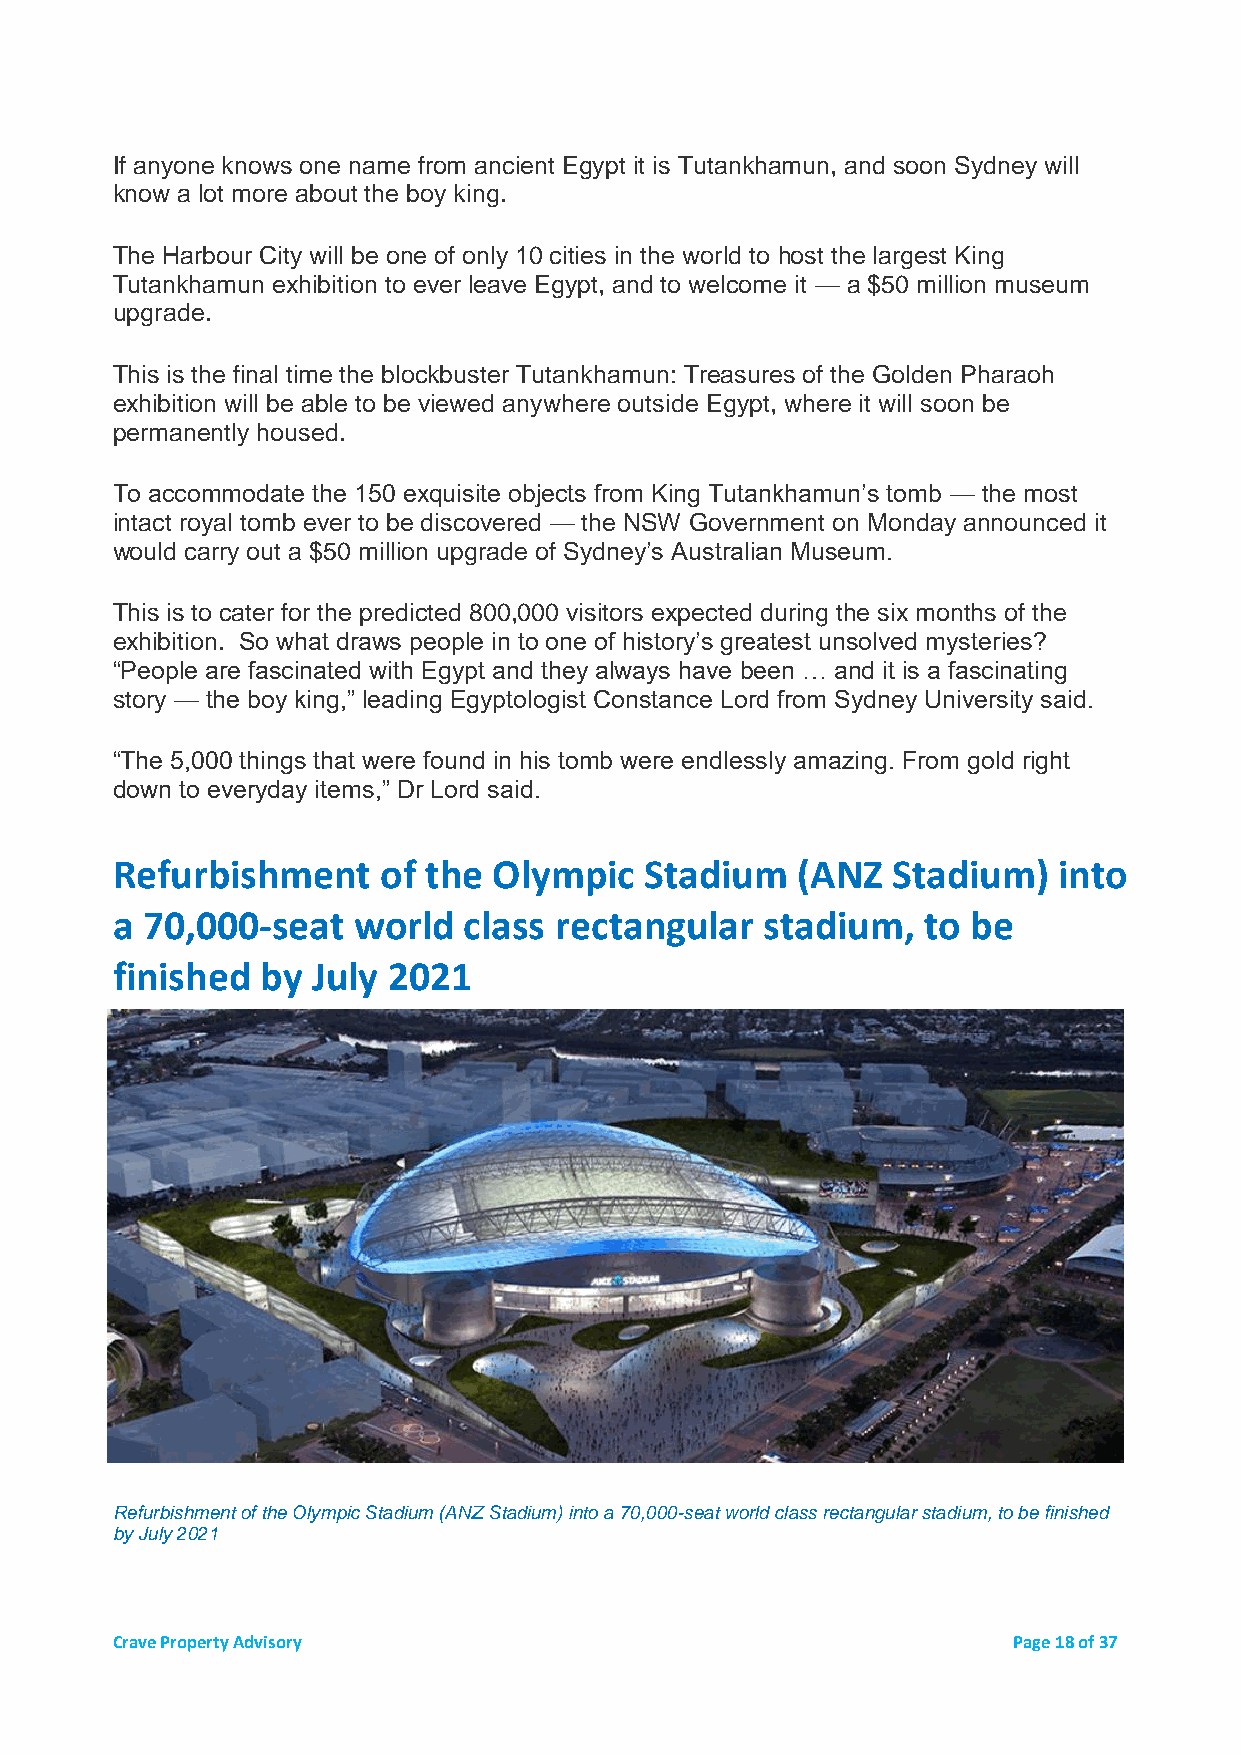
If anyone knows one name from ancient Egypt it is Tutankhamun, and soon Sydney will
 know a lot more about the boy king.
 The Harbour City will be one of only 10 cities in the world to host the largest King
 Tutankhamun exhibition to ever leave Egypt, and to welcome it — a $50 million museum
 upgrade.
 This is the final time the blockbuster Tutankhamun: Treasures of the Golden Pharaoh
 exhibition will be able to be viewed anywhere outside Egypt, where it will soon be
 permanently housed.
 To accommodate the 150 exquisite objects from King Tutankhamun’s tomb — the most
 intact royal tomb ever to be discovered — the NSW Government on Monday announced it
 would carry out a $50 million upgrade of Sydney’s Australian Museum.
 This is to cater for the predicted 800,000 visitors expected during the six months of the
 exhibition. So what draws people in to one of history’s greatest unsolved mysteries?
 “People are fascinated with Egypt and they always have been … and it is a fascinating
 story — the boy king,” leading Egyptologist Constance Lord from Sydney University said.
 “The 5,000 things that were found in his tomb were endlessly amazing. From gold right
 down to everyday items,” Dr Lord said.
 Refurbishment     of the  Olympic   Stadium   (ANZ  Stadium)   into
 a 70,000-seat   world   class rectangular   stadium,  to be
 finished  by  July 2021
 Refurbishment of the Olympic Stadium (ANZ Stadium) into a 70,000-seat world class rectangular stadium, to be finished
 by July 2021
 Crave Property Advisory                                     Page 18 of 37